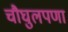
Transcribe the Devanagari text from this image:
चौघुलपणा